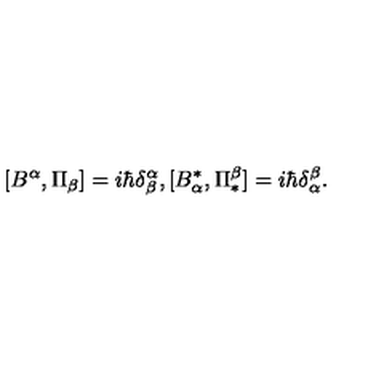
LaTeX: \lbrack B ^ { \alpha } , \Pi _ { \beta } ] = i \hbar \delta _ { \beta } ^ { \alpha } , [ B _ { \alpha } ^ { \ast } , \Pi _ { \ast } ^ { \beta } ] = i \hbar \delta _ { \alpha } ^ { \beta } .